Annual report on the mental hospital in the Central Provinces and Berar (Nagpur) - 1927-1951
Year: 1927
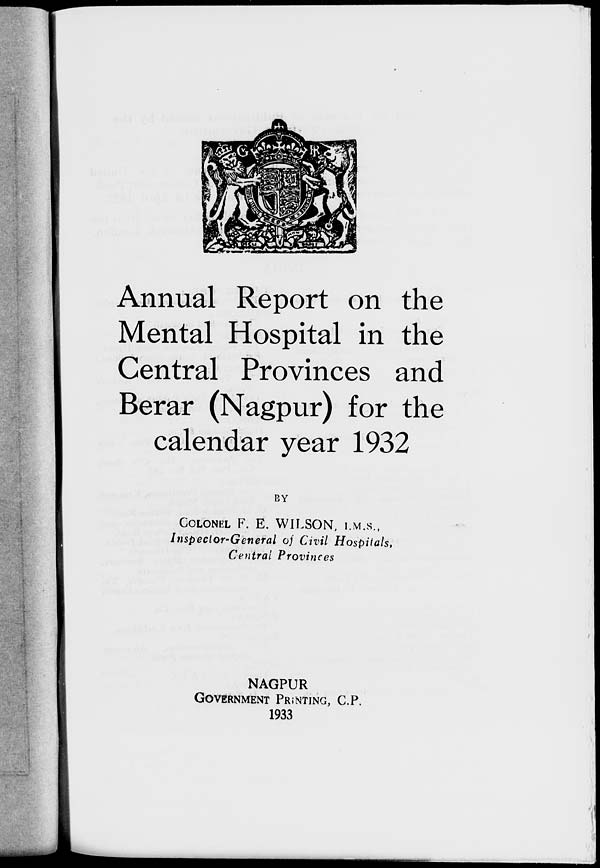
Annual Report on the
Mental Hospital in the
Central Provinces and
Berar (Nagpur) for the
calendar year 1932
BY
COLONEL F. E. WILSON, I.M.S.,
Inspector-General of Civil Hospitals,
Central Provinces
NAGPUR
GOVERNMENT PRINTING, C.P.
1933